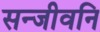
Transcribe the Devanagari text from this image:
सन्जीवनि